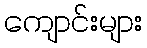
ကျောင်းများ